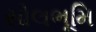
સોલભૂમિ